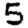
Digit: 5